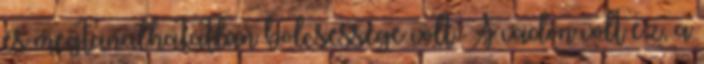
és megtanulhatatlan bölcsessége volt. A vadon volt ez, a